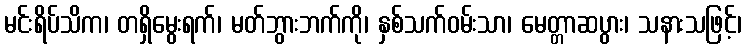
မင်းရိပ်သိက၊ တရှိမွေးရက်၊ မတ်ဘွားဘက်ကို၊ နှစ်သက်ဝမ်းသာ၊ မေတ္တာဆပွား၊ သနားသဖြင့်၊